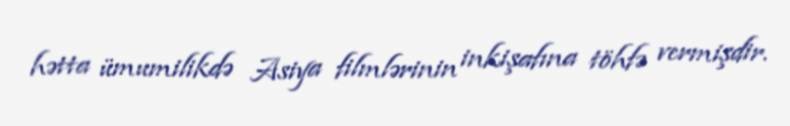
hətta ümumilikdə Asiya filmlərinin inkişafına töhfə vermişdir.